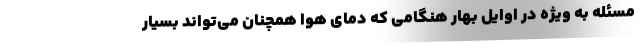
مسئله به ویژه در اوایل بهار هنگامی که دمای هوا همچنان می‌تواند بسیار